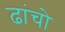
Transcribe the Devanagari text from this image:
ढांचो